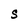
Character: S